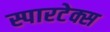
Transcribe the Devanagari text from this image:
स्पारटेक्स